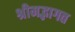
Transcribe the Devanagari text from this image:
श्रीमद्भागत